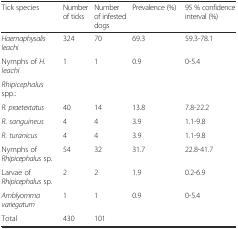
<table><thead><tr><td><b>Tick species</b></td><td><b>Number of ticks</b></td><td><b>Number of infested dogs</b></td><td><b>Prevalence (%)</b></td><td><b>95 % confidence interval (%)</b></td></tr></thead><tbody><tr><td><i>Haemaphysalis leachi</i></td><td>324</td><td>70</td><td>69.3</td><td>59.3-78.1</td></tr><tr><td>Nymphs of <i>H. leachi</i></td><td>1</td><td>1</td><td>0.9</td><td>0-5.4</td></tr><tr><td><i>Rhipicephalus</i> spp.:</td><td>[EMPTY_CELL]</td><td>[EMPTY_CELL]</td><td>[EMPTY_CELL]</td><td>[EMPTY_CELL]</td></tr><tr><td><i>R. praetextatus</i></td><td>40</td><td>14</td><td>13.8</td><td>7.8-22.2</td></tr><tr><td><i>R. sanguineus</i></td><td>4</td><td>4</td><td>3.9</td><td>1.1-9.8</td></tr><tr><td><i>R. turanicus</i></td><td>4</td><td>4</td><td>3.9</td><td>1.1-9.8</td></tr><tr><td>Nymphs of <i>Rhipicephalus</i> sp.</td><td>54</td><td>32</td><td>31.7</td><td>22.8-41.7</td></tr><tr><td>Larvae of <i>Rhipicephalus</i> sp.</td><td>2</td><td>2</td><td>1.9</td><td>0.2-6.9</td></tr><tr><td><i>Amblyomma variegatum</i></td><td>1</td><td>1</td><td>0.9</td><td>0-5.4</td></tr><tr><td>Total</td><td>430</td><td>101</td><td>[EMPTY_CELL]</td><td>[EMPTY_CELL]</td></tr></tbody></table>